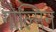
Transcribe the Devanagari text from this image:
गोल्मिन